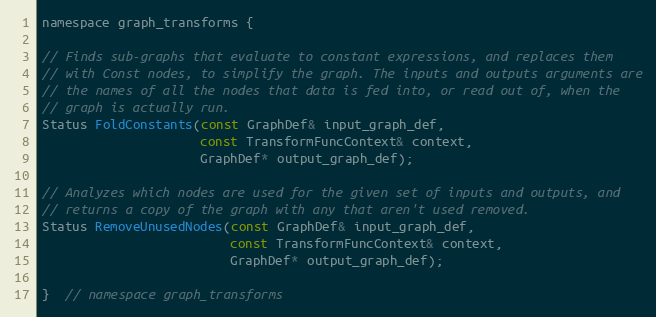
Language: C
namespace graph_transforms {

// Finds sub-graphs that evaluate to constant expressions, and replaces them
// with Const nodes, to simplify the graph. The inputs and outputs arguments are
// the names of all the nodes that data is fed into, or read out of, when the
// graph is actually run.
Status FoldConstants(const GraphDef& input_graph_def,
                     const TransformFuncContext& context,
                     GraphDef* output_graph_def);

// Analyzes which nodes are used for the given set of inputs and outputs, and
// returns a copy of the graph with any that aren't used removed.
Status RemoveUnusedNodes(const GraphDef& input_graph_def,
                         const TransformFuncContext& context,
                         GraphDef* output_graph_def);

}  // namespace graph_transforms